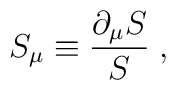
S_{\mu}\equiv \frac{\partial_{\mu}S}{S} \; ,